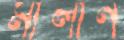
মালান